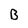
Character: B